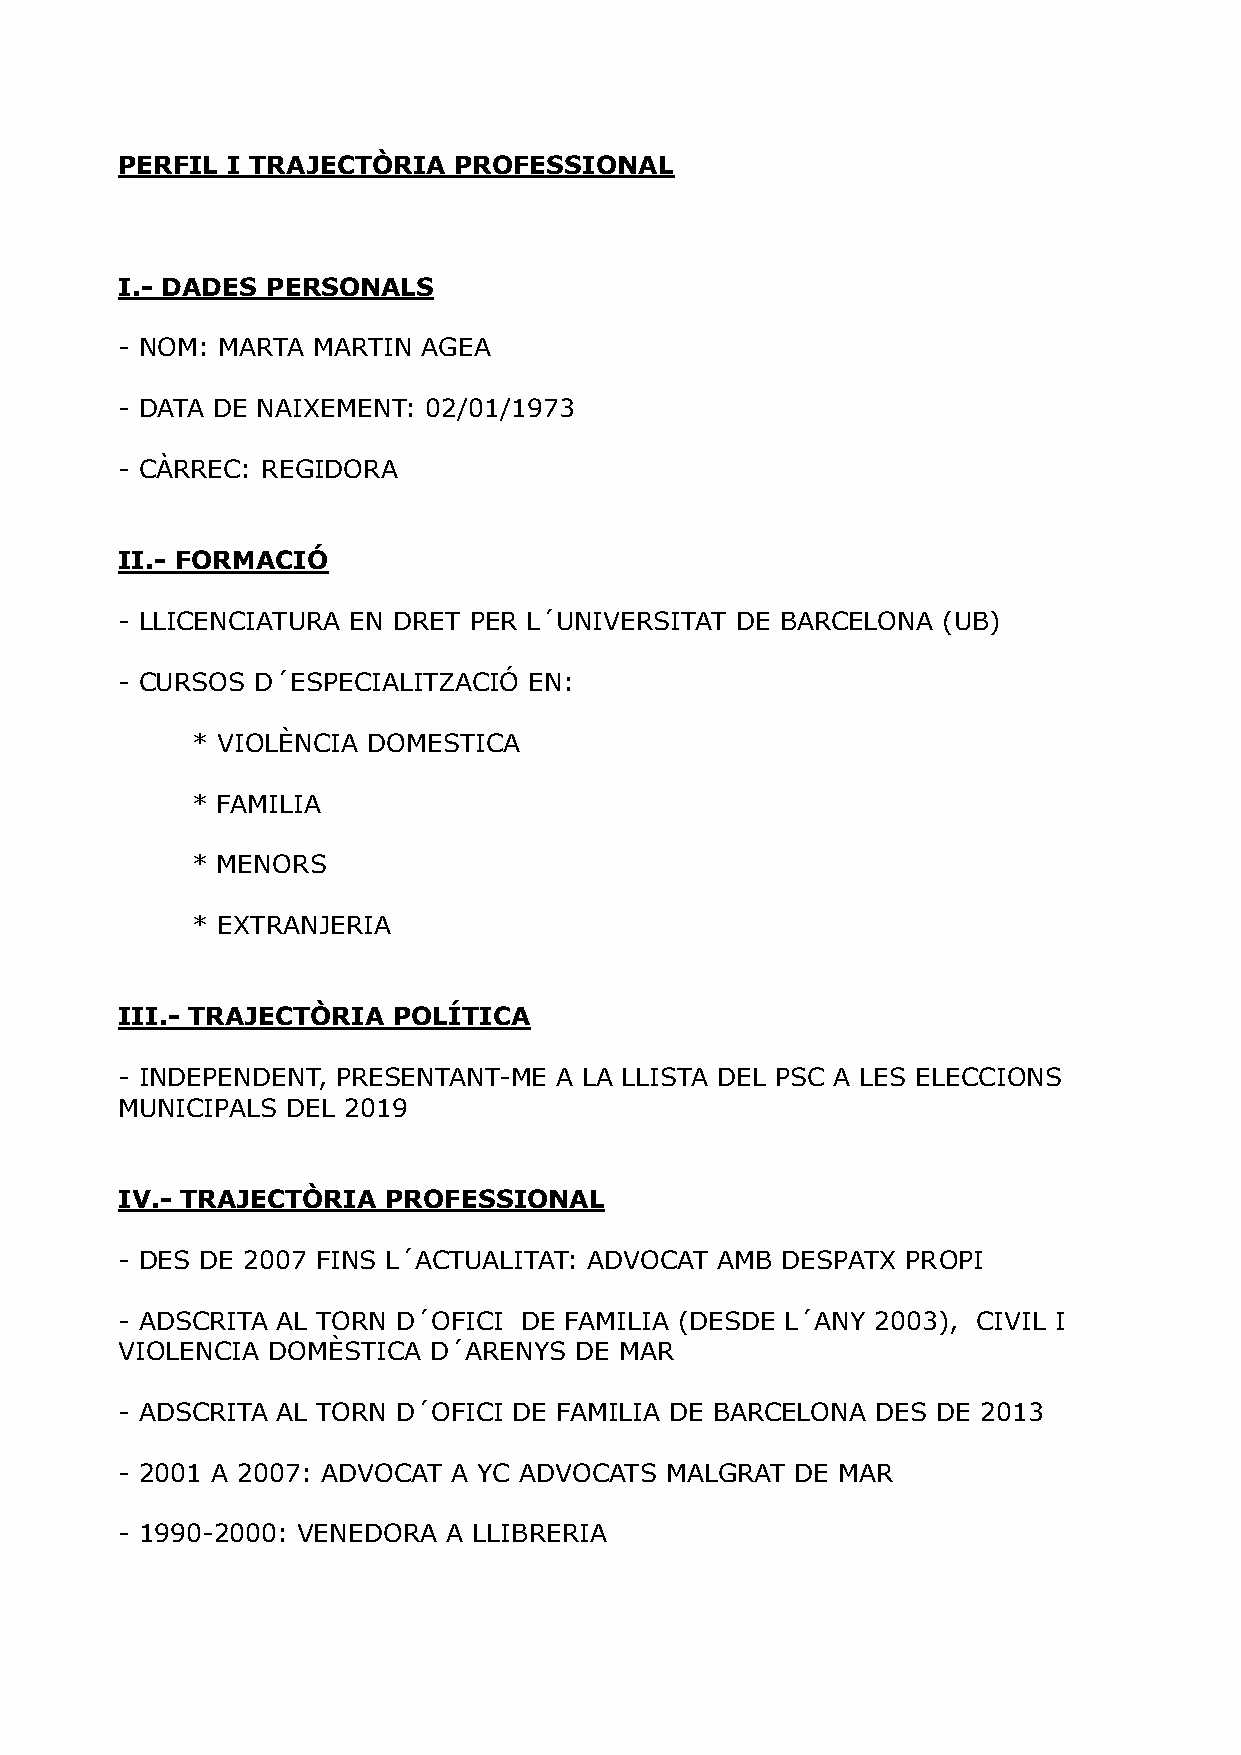
PERFIL I TRAJECTÒRIA  PROFESSIONAL
 I.- DADES PERSONALS
 - NOM: MARTA MARTIN AGEA
 - DATA DE NAIXEMENT: 02/01/1973
 - CÀRREC: REGIDORA
 II.- FORMACIÓ
 - LLICENCIATURA EN DRET PER L´UNIVERSITAT DE BARCELONA (UB)
 - CURSOS D´ESPECIALITZACIÓ EN:
 * VIOLÈNCIA DOMESTICA
 * FAMILIA
 * MENORS
 * EXTRANJERIA
 III.- TRAJECTÒRIA POLÍTICA
 - INDEPENDENT, PRESENTANT-ME A LA LLISTA DEL PSC A LES ELECCIONS
 MUNICIPALS DEL 2019
 IV.- TRAJECTÒRIA PROFESSIONAL
 - DES DE 2007 FINS L´ACTUALITAT: ADVOCAT AMB DESPATX PROPI
 - ADSCRITA AL TORN D´OFICI DE FAMILIA (DESDE L´ANY 2003), CIVIL I
 VIOLENCIA DOMÈSTICA D´ARENYS  DE MAR
 - ADSCRITA AL TORN D´OFICI DE FAMILIA DE BARCELONA DES DE 2013
 - 2001 A 2007: ADVOCAT A YC ADVOCATS MALGRAT DE MAR
 - 1990-2000: VENEDORA A LLIBRERIA